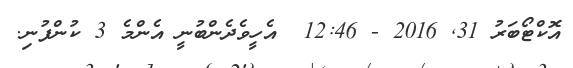
އޮކްޓޯބަރު 31